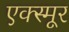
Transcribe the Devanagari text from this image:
एक्स्मूर